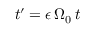
t ^ { \prime } = \epsilon \, \Omega _ { 0 } \, t